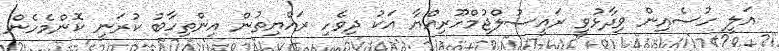
އަލީ ހުސެއިން ވިދާޅުވީ ރައީސުލްޖުމްހޫރިއްޔާ އަކު ދިވެހި ރައްޔިތުން އިންތިހާބު ކުރަނީ ކޮންމެހެން